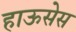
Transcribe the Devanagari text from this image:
हाऊसेस